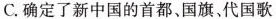
C.确定了新中国的首都、国旗，代国歌